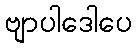
ဗျာပါဒေါပေ